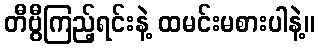
တီဗွီကြည့်ရင်းနဲ့ ထမင်းမစားပါနဲ့။